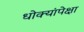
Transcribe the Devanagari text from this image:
धोक्यांपेक्षा